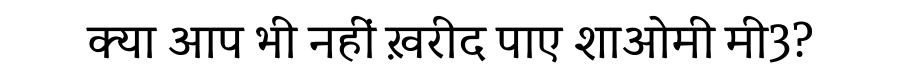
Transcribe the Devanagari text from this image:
क्या आप भी नहीं ख़रीद पाए शाओमी मी3?